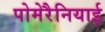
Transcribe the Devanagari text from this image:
पोमेरैनियाई